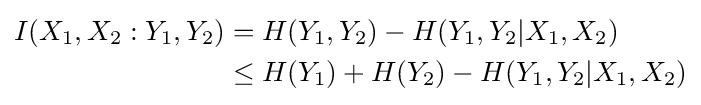
{\begin{aligned}I(X_{1},X_{2}:Y_{1},Y_{2})&=H(Y_{1},Y_{2})-H(Y_{1},Y_{2}|X_{1},X_{2})\\&\leq H(Y_{1})+H(Y_{2})-H(Y_{1},Y_{2}|X_{1},X_{2})\end{aligned}}